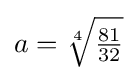
a={\sqrt[{4}]{\tfrac {81}{32}}}